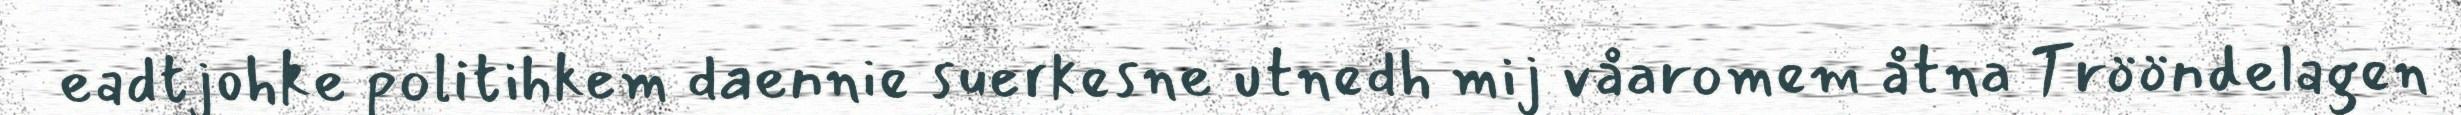
eadtjohke politihkem daennie suerkesne utnedh mij våaromem åtna Trööndelagen